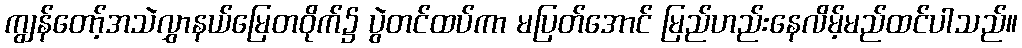
ကျွန်တော့်အသဲလွှာနယ်မြေတဝိုက်၌ ပွဲတင်ထပ်ကာ မပြတ်အောင် မြည်ဟည်းနေလိမ့်မည်ထင်ပါသည်။